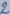
Text: 2